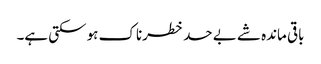
باقی ماندہ شے بے حد خطرناک ہو سکتی ہے۔